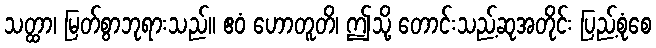
သတ္ထာ၊ မြတ်စွာဘုရားသည်။ ဧဝံ ဟောတူတိ၊ ဤသို့ တောင်းသည့်ဆုအတိုင်း ပြည့်စုံစေ